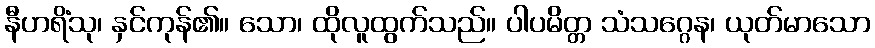
နီဟရိံသု၊ နှင်ကုန်၏။ သော၊ ထိုလူထွက်သည်။ ပါပမိတ္တ သံသဂ္ဂေန၊ ယုတ်မာသော